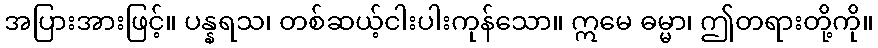
အပြားအားဖြင့်။ ပန္နရသ၊ တစ်ဆယ့်ငါးပါးကုန်သော။ ဣမေ ဓမ္မာ၊ ဤတရားတို့ကို။